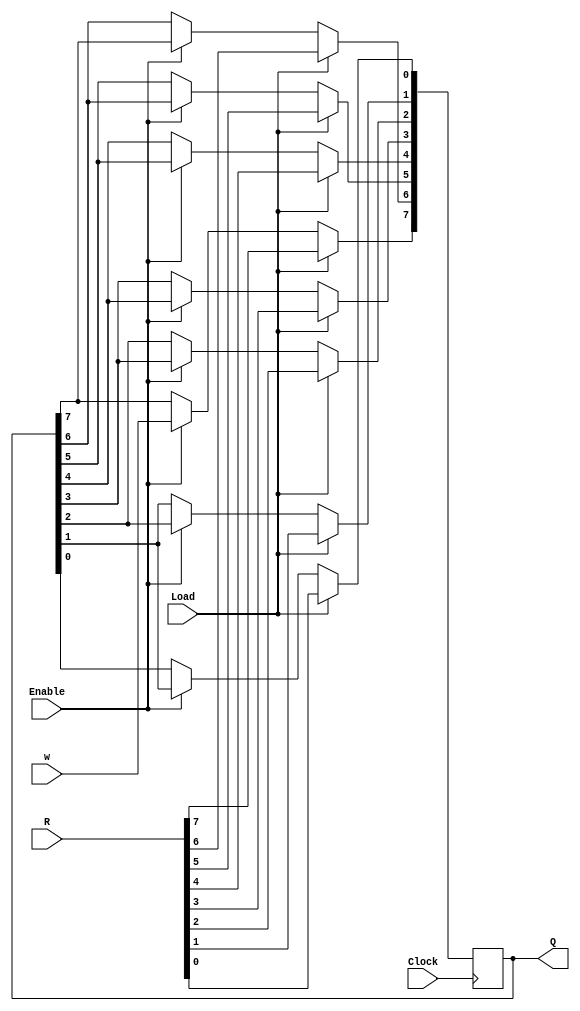
`timescale 1ns / 1ps
//////////////////////////////////////////////////////////////////////////////////
// Company: 
// Engineer: 
// 
// Design Name: 
// Module Name: serial_adder
// Project Name: 
// Target Devices: 
// Tool Versions: 
// Description: 
// 
// Dependencies: 
// 
// Revision:
// Revision 0.01 - File Created
// Additional Comments:
// 
//////////////////////////////////////////////////////////////////////////////////
 
// STUDENTS : ATHARVA ROSHAN NAIK (18CS10067)
//            RADHIKA PATWARI (18CS10062)
 
// ASSIGNMENT 1
 
// n-bit left to right shift register , here n = 8 , for 8-bit values
// R : input bits
// load : signal to load values into the temporary register
// Enable : shifting all bits from left to right by 1 bit at positive clock edge
// w : value to be filled at the MSB while shifting the bits to right
// Clock : signal the timing to synchronise the circuit
// Q : the new shifted value obtained after 1-bit shift
module shiftrne (R, Load, Enable, w, Clock, Q);
	parameter n = 8;
	input [n-1:0] R;
	input Load, Enable, w, Clock;
	output reg [n-1:0] Q;
	integer k;                               //used as loop variable
	always @(posedge Clock)                  //works only at positive edge of clock
		if (Load)                            //initial loading of input into register
			Q <= R; 
		else if (Enable)                     //flag to indicate a right shift of bits
			begin
				for (k = 0; k < n-1; k = k+1)//loop for shifting values to right
					Q[k] <= Q[k+1];       
				Q[n-1] <= w;                 //storing final value at MSB of shifted value
			end
endmodule
 
// 8-bit serial adder for adding 2 8-bit inputs from LSB at every positive edge of clock
// using 3 left to right shift registers such that values are added from LSB of input
// and stored at MSB of output
module serial_adder(A, B, Reset, Clock, cin, Sum, cout,Run);
	input [7:0] A, B;                         //A,B : 8-bit input values
	input Reset, Clock;                       //Reset:flag for loading data
	input cin;                                //initial input carry to the adder
	output wire [7:0] Sum;                    //Final out sum of 8-bits
	output reg cout;                          //Final output carry
	reg [7:0] Count;                          //maintaining count of 8 bits
	reg s, y, Y;                       
	wire [7:0] QA, QB;                         //storing shifted input values 
	output wire Run;                           //signal to shift register to shift sum values
	parameter G = 1'b0, H = 1'b1;              //2 states of in_carry 0 and 1
 
	shiftrne shift_A (A, Reset, 1'b1, 1'b0, Clock, QA); //shifting input A
	shiftrne shift_B (B, Reset, 1'b1, 1'b0, Clock, QB); //shifting input B
	shiftrne shift_Sum (8'b0, Reset, Run, s, Clock, Sum);    //shifting sum value
 
	// Adder FSM implemented based on mealy machine
	// Output and next state combinational circuit
	always @(QA, QB, y)
		case (y)
			G: begin
				s = QA[0]^QB[0];
				if (QA[0] & QB[0]) Y = H;
				else Y = G;
				cout = y;
				end
			H: begin
				s = QA[0]~^QB[0];
				if ( ~QA[0] & ~QB[0]) Y = G;
				else Y = H;
				cout = y;
				end
			default: begin
				Y = G;
				cout = y;
				end
		endcase
 
	// Sequential block
	always @(posedge Clock)
		if (Reset)
			y <= G;                   //loading start state as 0 as no input implies 0 carry out
		else y <= Y;                  //updating state at every pos edge of clock
 
	// Control the shifting process
	always @(posedge Clock)
		if (Reset) Count = 9;             //starting count at 9 and ending at 1
		else if (Run) Count = Count - 1;  //ensuring final 8-bit sum is stored in sum 
	assign Run = |Count;                  //signalling the register to make a 1-bit shift
 
endmodule